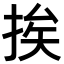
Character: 挨